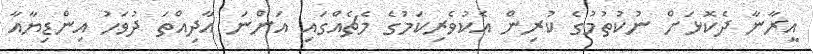
އީރާނާ ދެކޮޅަށް ނުކުތުމުގެ ކުރިން އެކުވެރިކަމުގެ މެޗެއްގައި އަންނަ އާދިއްތަ ދުވަހު އިންޑިޔާއާ